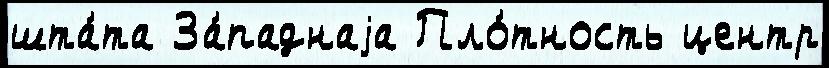
шта́та За́паднаjа Пло́тность центр